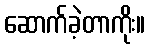
ဆောက်ခဲ့တာကိုး။